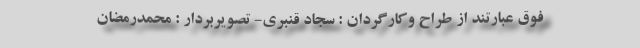
فوق عبارتند از طراح وکارگردان : سجاد قنبری- تصویربردار : محمدرمضان